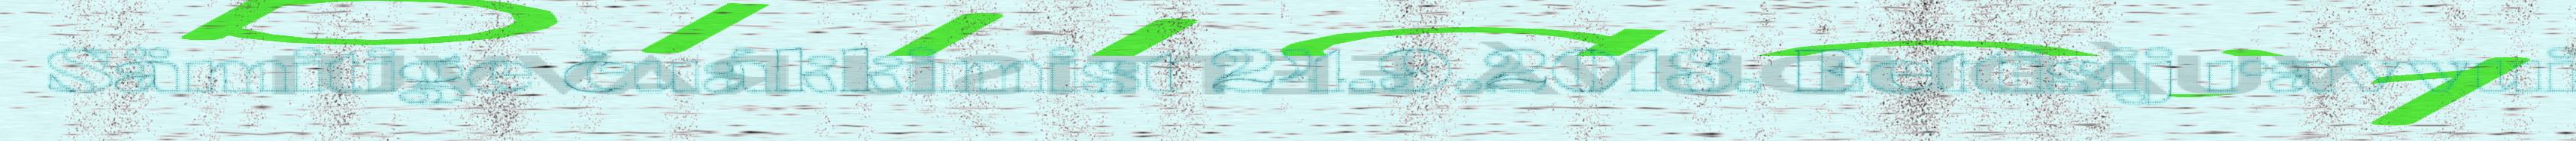
Sämitige čuákkimist 24.9.2018. Eettisij ravvui